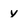
Character: y